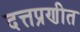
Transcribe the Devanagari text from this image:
दत्तप्रणीत